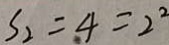
S _ { 2 } = 4 = 2 ^ { 2 }